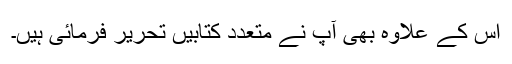
اس کے علاوہ بھی آپ نے متعدد کتابیں تحریر فرمائی ہیں۔